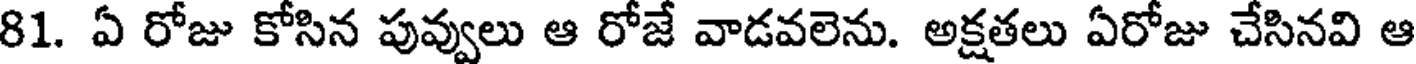
81. ఏ రోజు కోసిన పువ్వులు ఆ రోజే వాడవలెను. అక్షతలు ఏరోజు చేసినవి ఆ